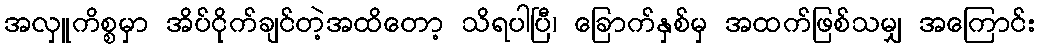
အလှူကိစ္စမှာ အိပ်ငိုက်ချင်တဲ့အထိတော့ သိရပါပြီ၊ ခြောက်နှစ်မှ အထက်ဖြစ်သမျှ အကြောင်း